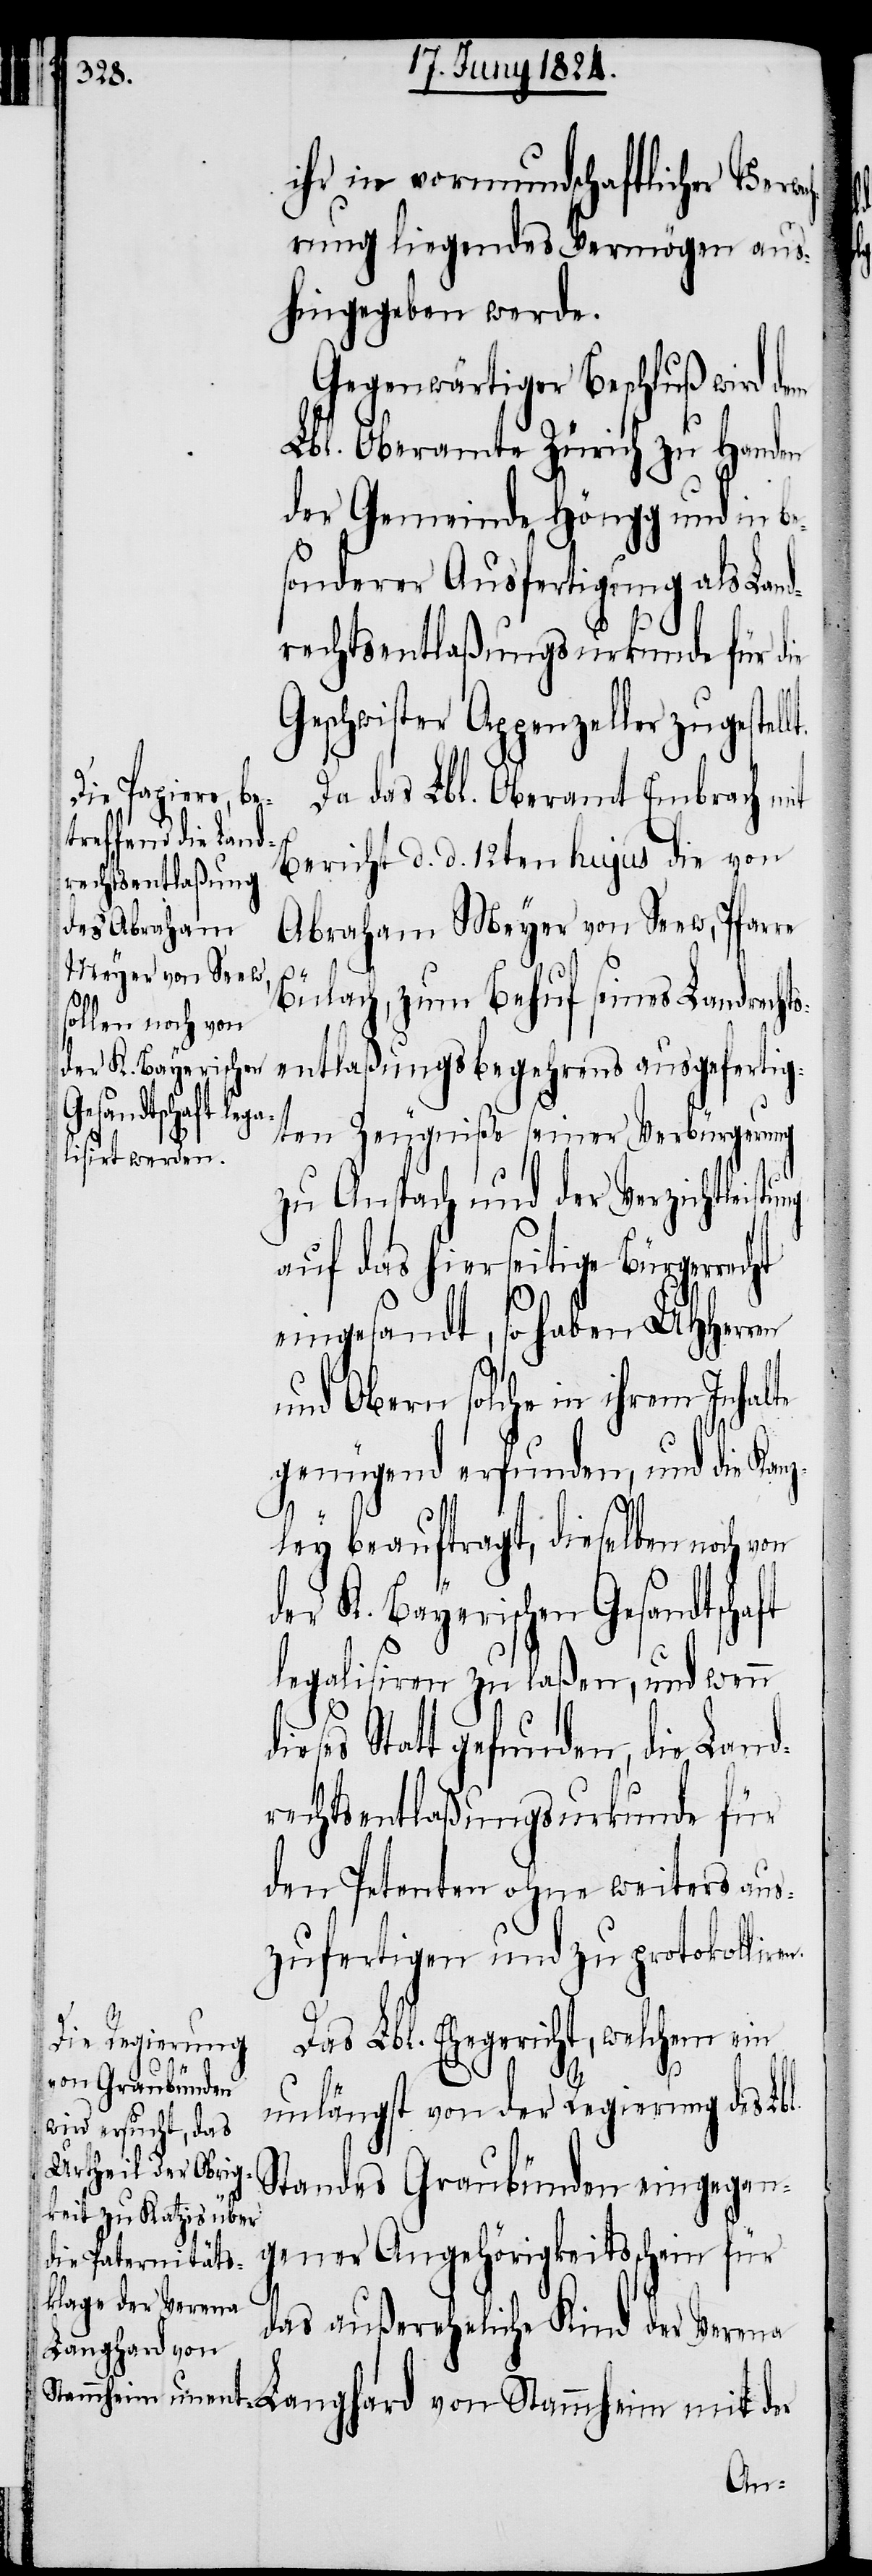
l.

ihr in vormundscjaftlicher Verw¬
ahrung liegendes Vermögen aus¬
hingegeben werde.
Gegenwärtiger Beschluß wird
Lbl. Oberamte Zürich zu Handen
der Gemeinde Höngg und in be¬
sonderer Ausfertigung als Lan¬
drechtsentlaßungsurkunde für die
Geschwister Appenzeller zugestel¬
Da das Lbl. Oberamt Embrach mit
Bericht d. d. 12ten hujus die von
Abraham Meyer von Seew, Pfarre
Bülach, zum Behuf seines Landrechts¬
entlaßungsbegehrens ausgefertig¬
ten Zeugniße seiner Verbürgung
zu Anspach und der Verzichtleistu¬
auf das hierseitige Bürgerrecht
eingesandt, so haben UHHerren
und Obern solche in ihrem Inhalte
genügend erfunden, und die Ka¬
ley beauftragt, dieselben noch von
der K. Bayerischen Gesandtschaft
legalisiren zu laßen, und wenn
ieses Statt gefunden, die Land¬
rechtsentlaßungsurkunde für
den Petenten ohne weiters aus¬
zufertigen und zu protokolliren.
Das Lbl. Ehegericht, welchem ein
unlängst von der Regierung des Lb¬
Standes Graubünden eingegan¬
gener Angehörigkeitsschein für
das außereheliche Kind der Verena
Langhard von
nz¬